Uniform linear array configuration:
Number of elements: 24
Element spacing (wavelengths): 0.25
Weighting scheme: binomial
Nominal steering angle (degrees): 45
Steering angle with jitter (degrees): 45.827
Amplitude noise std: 0.05
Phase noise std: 0.05

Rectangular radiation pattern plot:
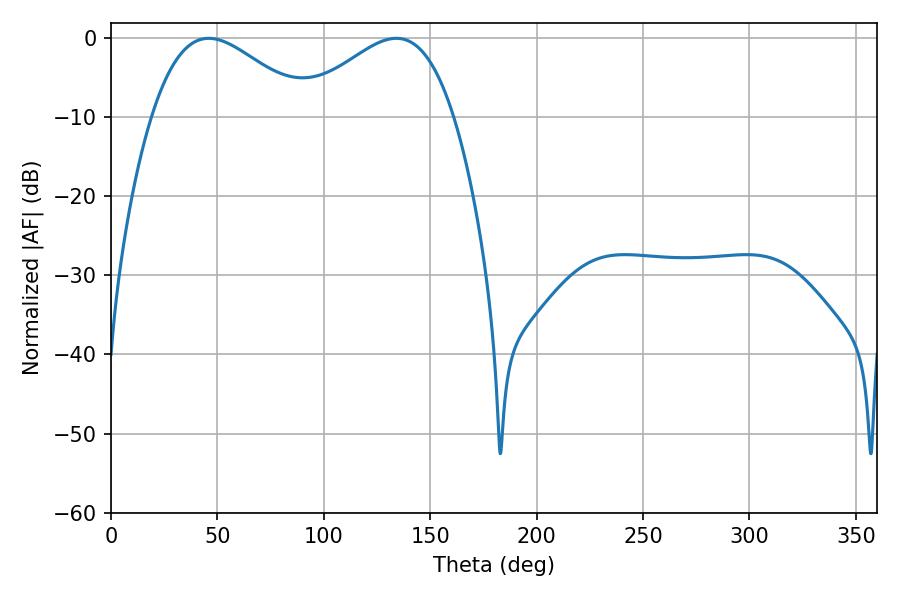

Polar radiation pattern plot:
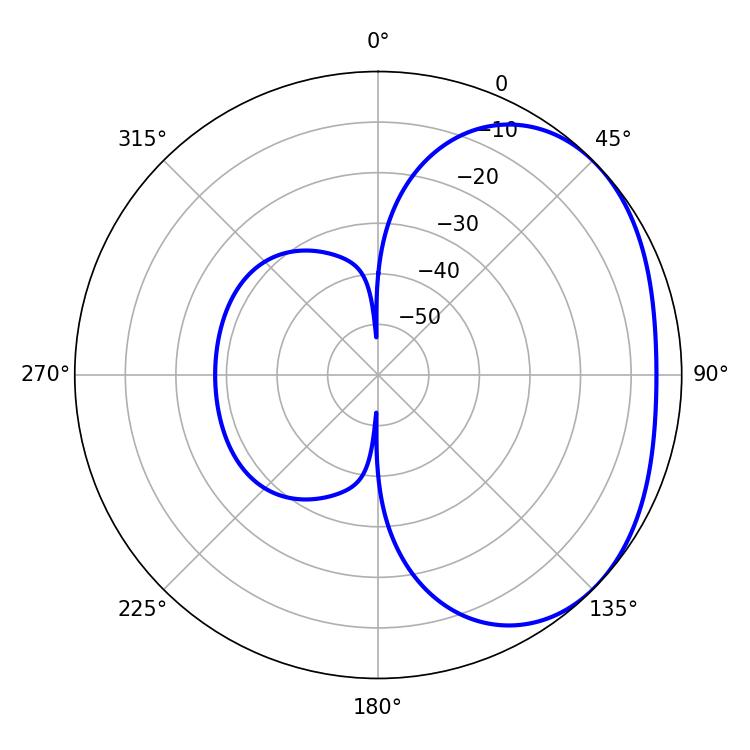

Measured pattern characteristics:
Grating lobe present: FALSE
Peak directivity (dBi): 2.497
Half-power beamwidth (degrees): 39.42
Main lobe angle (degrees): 45.9